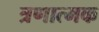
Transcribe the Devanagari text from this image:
त्रणात्मक